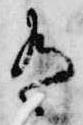
有